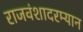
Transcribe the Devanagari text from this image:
राजवंशादरम्यान